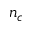
n _ { c }